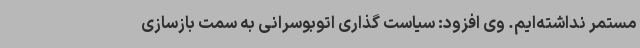
مستمر نداشته‌ایم. وی افزود: سیاست گذاری اتوبوسرانی به سمت بازسازی